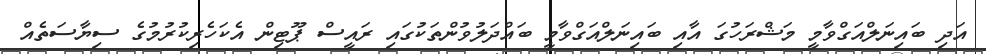
އަދި ބައިނަލްއަގްވާމީ މަޝްރަހުގަ އާއި ބައިނަލްއަގްވާމީ ބައްދަލުވުންތަކުގައި ރައީސް ޕޫޓިން އެކަހެރިކުރުމުގެ ސިޔާސަތެއް